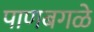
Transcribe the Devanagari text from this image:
पाणबगळे